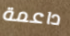
داعمة